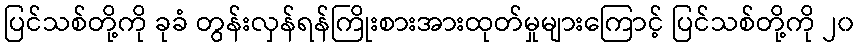
ပြင်သစ်တို့ကို ခုခံ တွန်းလှန်ရန်ကြိုးစားအားထုတ်မှုများကြောင့် ပြင်သစ်တို့ကို ၂၀